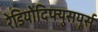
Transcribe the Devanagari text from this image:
रेडियोदिफ्युसयूर्स